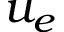
u _ { e }